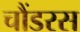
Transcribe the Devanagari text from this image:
चौंडरस